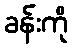
ခန်းကို